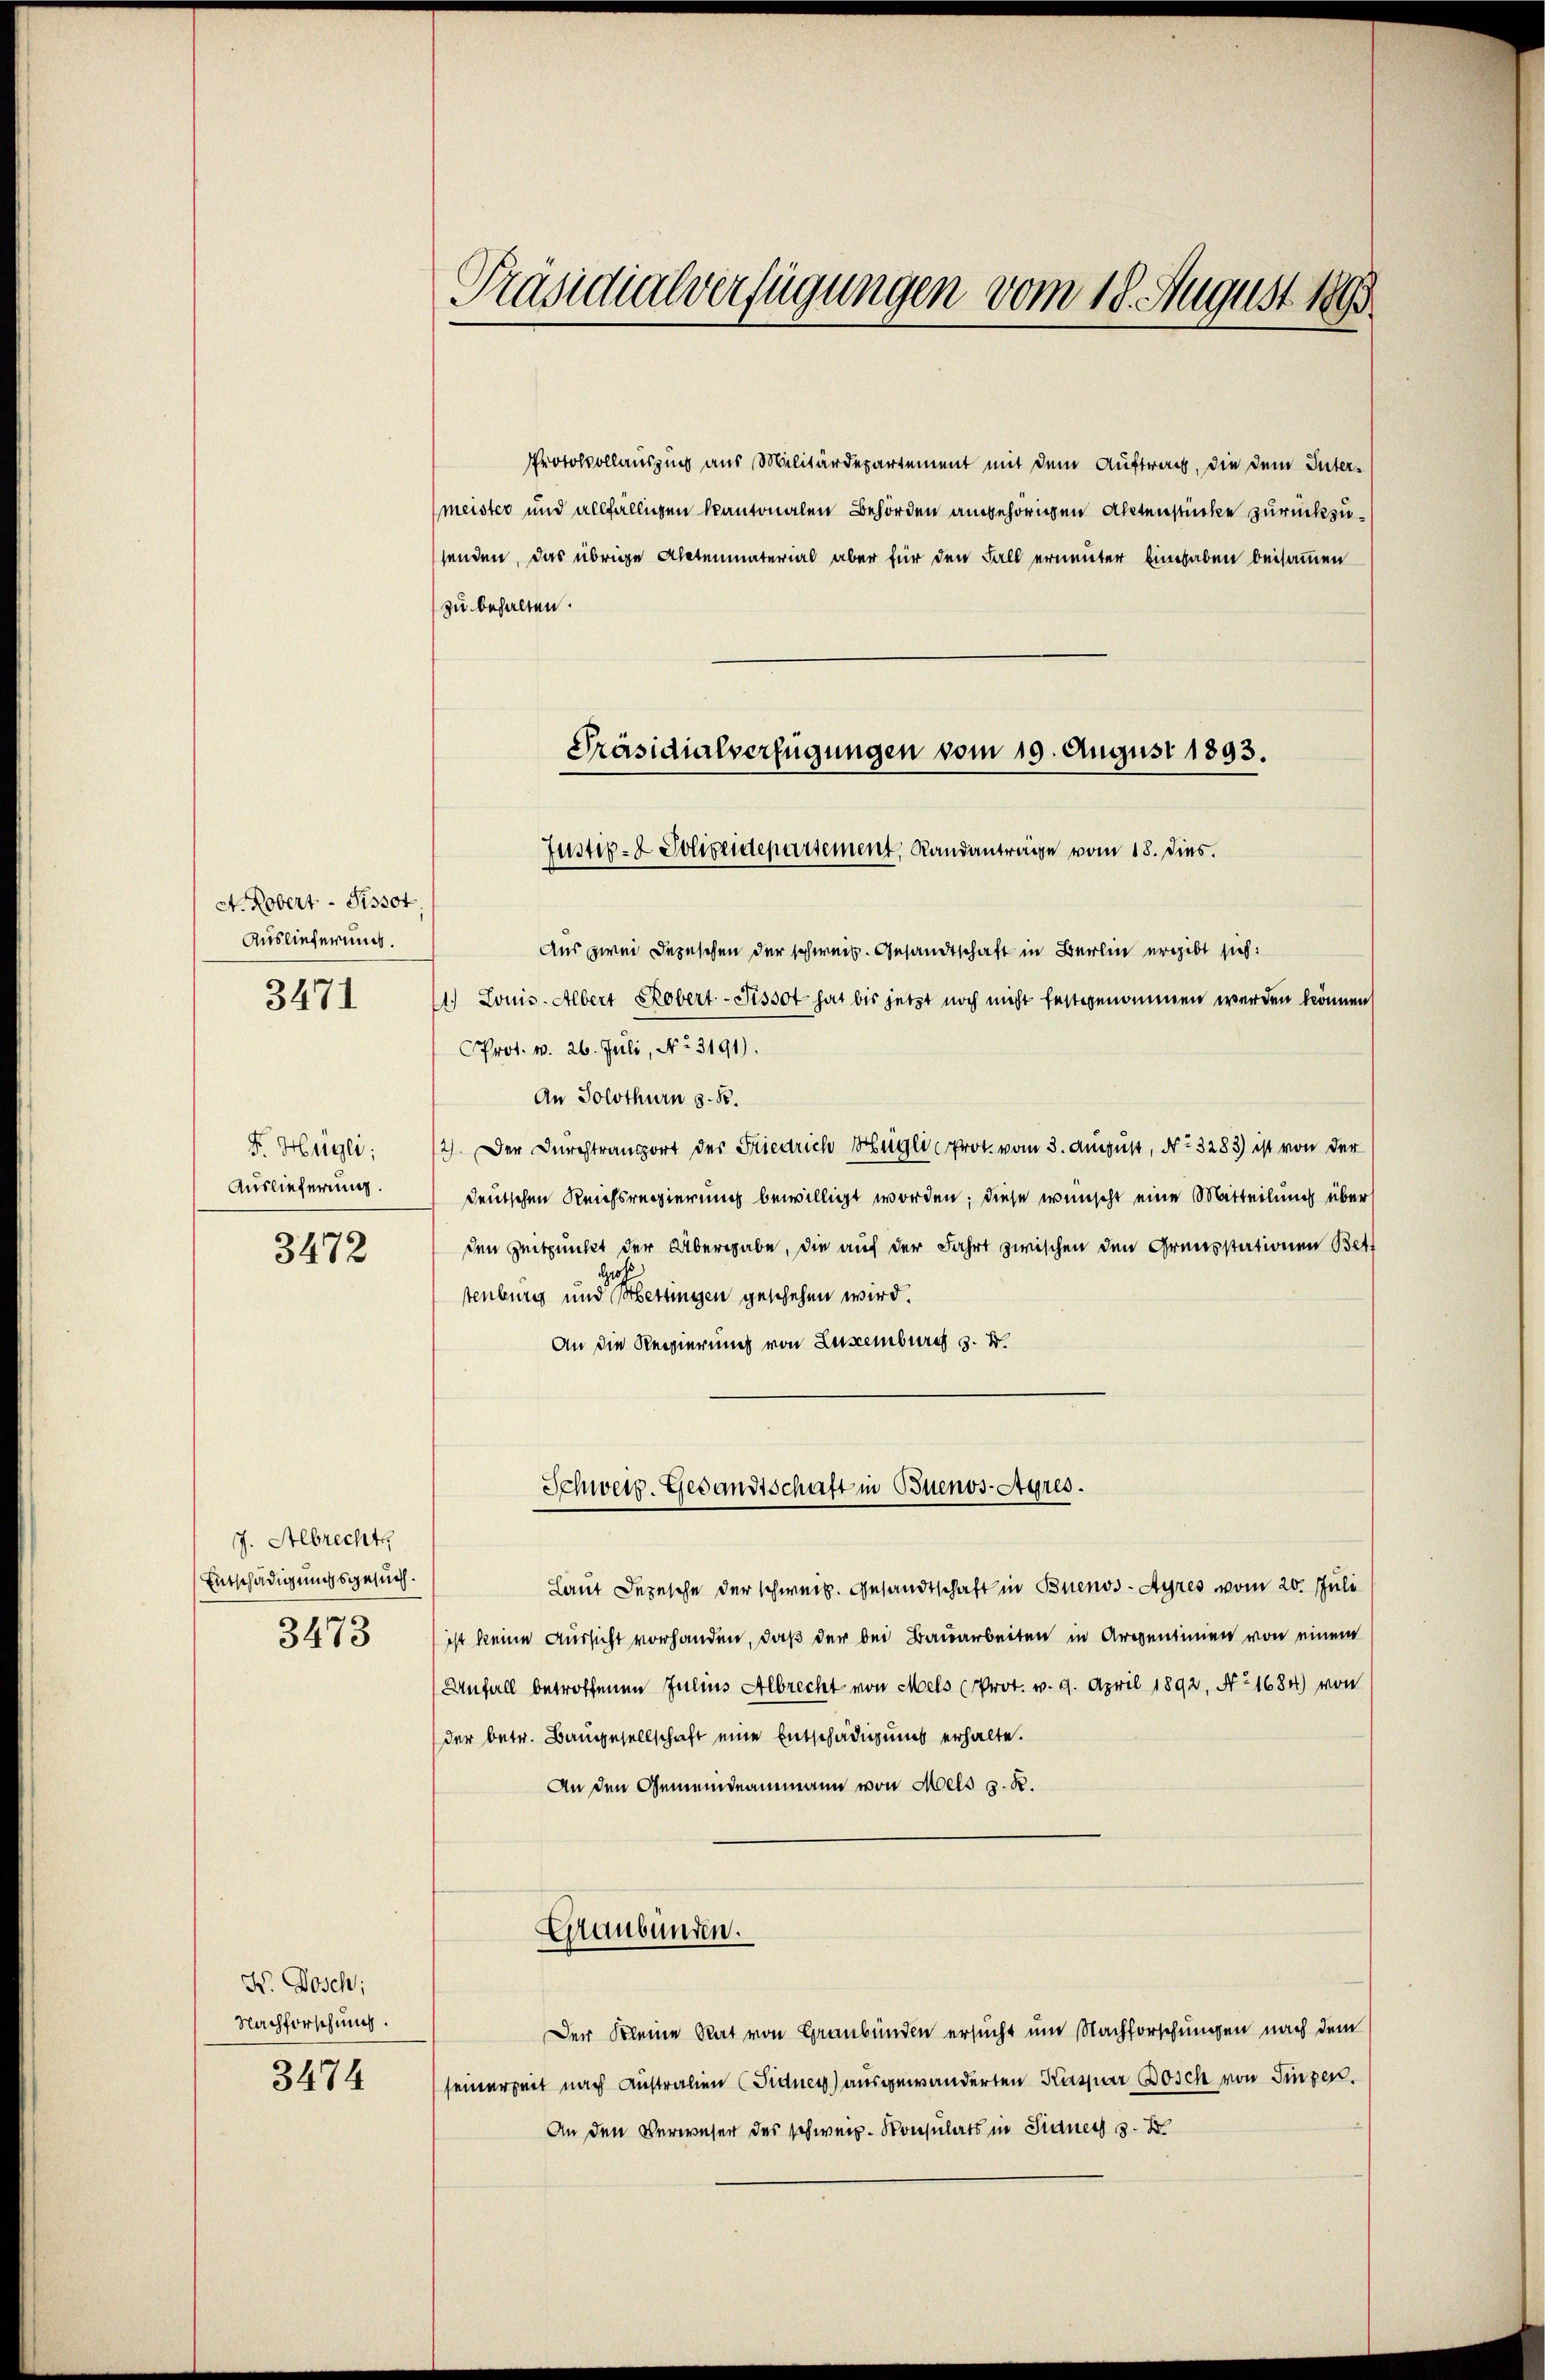
F. Hügli
Auslieferung.
3472

J. Albrechte
Entschädigungsgesuch.
3473

X. Dosch;
Nachforschung.

3474

A. Robert - Sissot
Auslieferung.
3471

Präsidialverfügungen vom 18. August 1890

Protokollauszug aus Militärdepartement mit dem Auftrag, die dem Intermeister und allfälligen kantonalen Behörden angehörigen Aktenstücke zurückzusenden, das übrige Actenmaterial aber für den Fall erneunter Eingaben beisammen
zu behalten.

Präsidialverfügungen vom 19. August 1893.
Justiz- & Polizeidepartement, Randanträge vom 18. Dies.

Schweiz. Gesandtschaft in Buenos-Ayres.

Aus zwei Depeschen der schweiz. Gesandtschaft in Berlin ergibt sich:
11.) Louis. Albert Robert.- Sissot hat bis jetzt noch nicht festgenommen werden können,
CProt. v. 26. Juli, No. 3191).
An Solothurn z. B.
2). Der Durchtrangort der Friedrich Hüglic Prot. vom 3. August, No. 3283) ist von der
deutschen Reichsregierung bewilligt worden; diese wünscht eine Mitteilung über
den Zeitpunkt der Übergabe, die auf der Fahrt zwischen den Grenzstationen Bet
tenburg und erstingen geschehen wird.
An die Regierung von Luxenburg z. B.
Laut Depesche der schweiz. Gesandtschaft in Buenos-Ayres vom 20. Juli
ist keine Aussicht vorhanden, daß der bei Bauarbeiten in Arrentinien von einem
Anfall betroffenen Julius Albrecht von Mels (Prot. v. 9. April 1892, No 1684) von
der betr. Baugesellschaft eine Entschädigung erhalte.
An den Gemeindeammann von Mels z. R.
Graubünden.
Der Kleine Rat von Graubünden ersucht um Nachforschungen nach dem
seinerzeit nach Australien (Fidney) ausgewanderten Kaspar Bosch von Fingen.
An den Verweser des schweiz. Konsulats in Sinner s. B